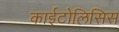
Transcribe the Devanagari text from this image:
काईटोलिसिस